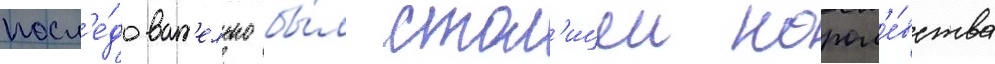
посл'е́доват'ельно бы́л стол'ицеи корол'е́вства